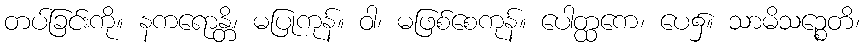
တပ်ခြင်းကို။ နကရောန္တိ၊ မပြုကုန်။ ဝါ၊ မဖြစ်စေကုန်။ ပေါတ္ထကေ၊ ပေ၌။ သာမိသဉ္စေတိ၊